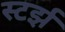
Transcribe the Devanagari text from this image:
स्टर्झ